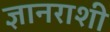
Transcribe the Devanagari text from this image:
ज्ञानराशी